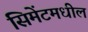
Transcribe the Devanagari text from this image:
सिमेंटमधील